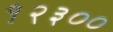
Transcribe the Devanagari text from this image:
१२३००